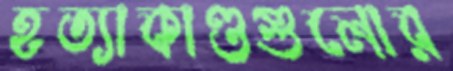
হত্যাকাণ্ডগুলোর